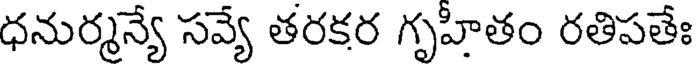
ధనుర్మన్యే సవ్యే తరకర గృహీతం రతిపతేః